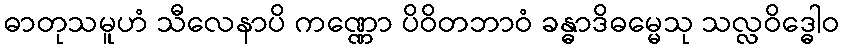
ဓာတုသမူဟံ သီလေနာပိ ကဏ္ဏော ပိဝိတဘာဝံ ခန္ဓာဒိဓမ္မေသု သလ္လဝိဒ္ဓေါဝ